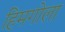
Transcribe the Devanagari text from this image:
हिमगोला